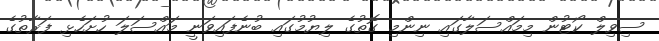
ސިވިލް ކޯޓުން މިމައްސަލާގައި ނިންމި ގޮތުގެ ލިޔުމުގައި ބުނެފައިވަނީ މައްސަލަ ހުށަހެޅި ފަރާތުގެ